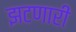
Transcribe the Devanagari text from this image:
झटणारी